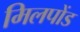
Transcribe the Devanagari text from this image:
मिलपोंड